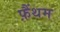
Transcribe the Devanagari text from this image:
फ़ैंथम